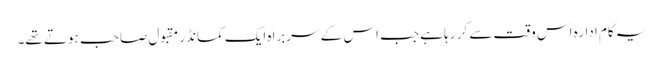
یہ کام ادارہ اس وقت سے کر رہا ہے جب اس کے سربراہ ایک کمانڈر مقبول صاحب ہوتے تھے۔